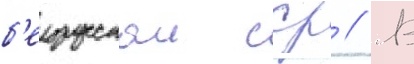
б'елорусскои сср // В